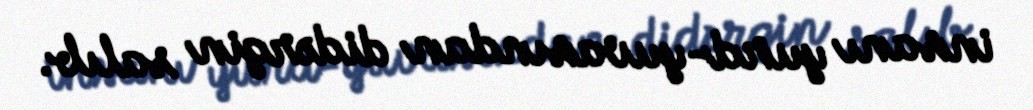
insanı yurd-yuvasından didərgin salıb.